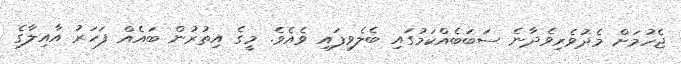
ޖެހުމަށް މެދުވެރިވެދާނެ ސަބަބެއްކަމުގައި ބެލެވިފައި ވެއެވެ. މީގެ އިތުރުން ބައެއް ފަހަރު އާއިލާގެ